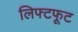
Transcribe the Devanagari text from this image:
लिफ्टफूट